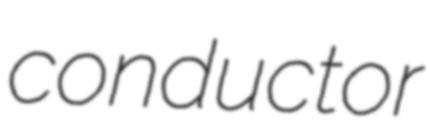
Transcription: conductor